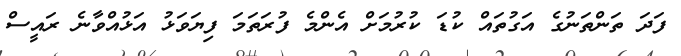
ފަދަ ތަންތަނުގެ އަގުތައް ކުޑަ ކުރުމަށް އެންމެ ފުރަތަމަ ފިޔަވަޅު އަޅުއްވާނެ ރައީސް